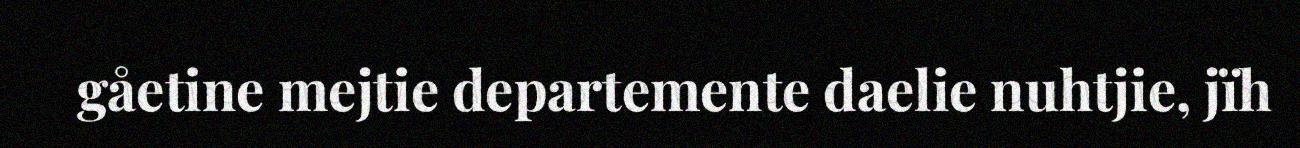
gåetine mejtie departemente daelie nuhtjie, jïh